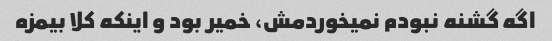
اگه گشنه نبودم نمیخوردمش، خمیر بود و اینکه کلا بیمزه